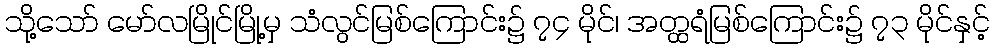
သို့သော် မော်လမြိုင်မြို့မှ သံလွင်မြစ်ကြောင်း၌ ၇၄ မိုင်၊ အတ္ထရံမြစ်ကြောင်း၌ ၇၃ မိုင်နှင့်